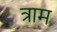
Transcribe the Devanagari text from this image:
त्राम